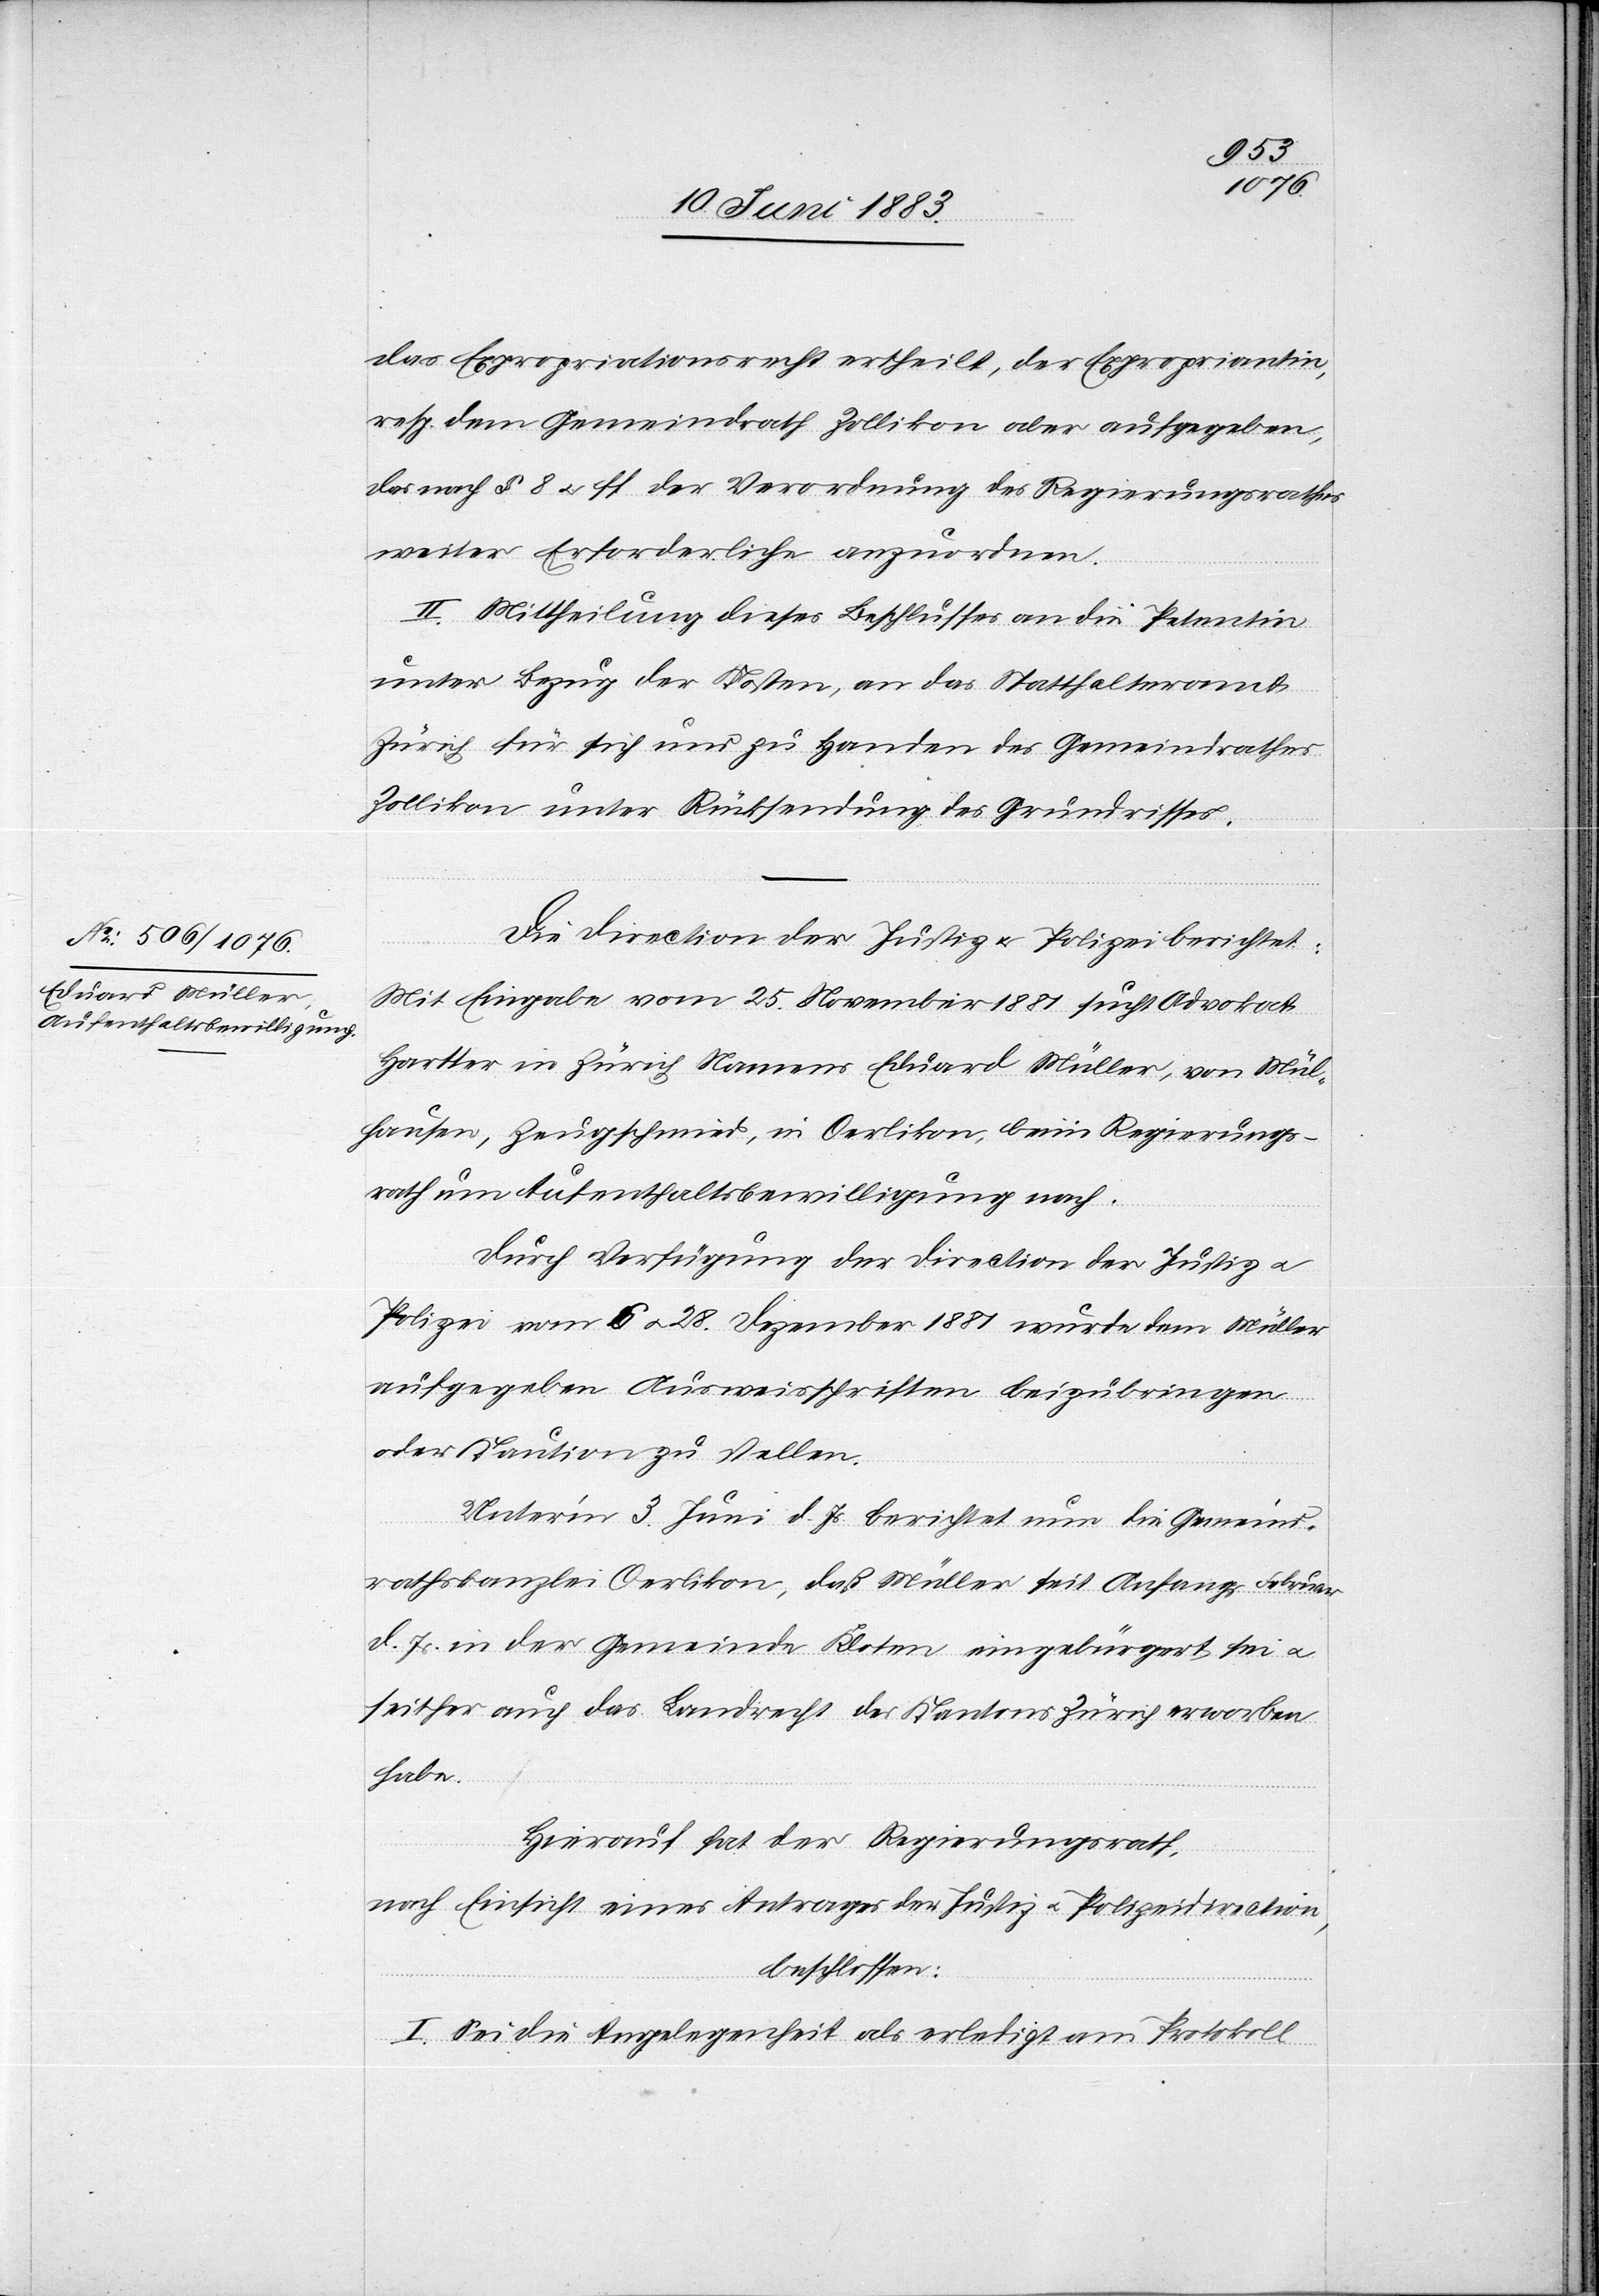
das Expropriationsrecht ertheilt, der Expropriantin,
resp. dem Gemeindrath Zollikon aber aufgegeben,
das nach § 8 u. ff. der Verordnung des Regierungsrathes
weiter Erforderliche anzuordnen.
II. Mittheilung dieses Beschlusses an die Petentin
unter Bezug der Kosten, an das Statthalteramt
Zürich für sich und zu Handen des Gemeindrathes
Zollikon unter Rücksendung des Grundrisses.
Die Direction der Justiz u. Polizei berichtet:
Mit Eingabe vom 25. November 1881 sucht Advokat
Hartter in Zürich Namens Eduard Müller, von Mühl¬
hausen, Zeugschmied, in Oerlikon, beim Regierungs¬
rath um Aufenthaltsbewilligung nach.
Durch Verfügung[en] der Direction der Justiz u.
Polizei vom 6. u. 28. Dezember 1881 wurde dem Müller
aufgegeben Ausweisschriften beizubringen
oder Kaution zu stellen.
Unterm 3. Juni d. Js. berichtet nun die Gemeind¬
rathskanzlei Oerlikon, daß Müller seit Anfang Februar
d. Js. in der Gemeinde Kloten eingebürgert sei u.
seither auch das Landrecht des Kantons Zürich erworben
habe.
Hierauf hat der Regierungsrath,
nach Einsicht eines Antrages der Justiz[-] u. Polizeidirection,
beschlossen:
I. Sei die Angelegenheit als erledigt am Protokoll